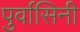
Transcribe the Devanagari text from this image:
पुर्वासिनी